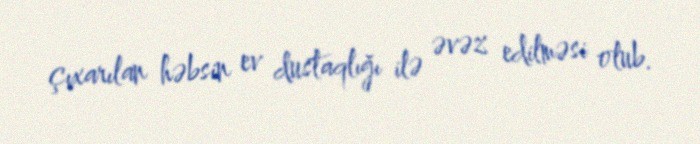
çıxarılan həbsin ev dustaqlığı ilə əvəz edilməsi olub.